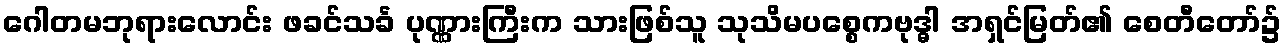
ဂေါတမဘုရားလောင်း ဖခင်သင်္ခ ပုဏ္ဏားကြီးက သားဖြစ်သူ သုသိမပစ္စေကဗုဒ္ဓါ အရှင်မြတ်၏ စေတီတော်၌